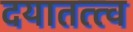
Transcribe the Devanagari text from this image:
दयातत्त्व